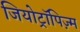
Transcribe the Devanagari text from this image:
जियोट्रॉपिज़्म